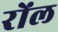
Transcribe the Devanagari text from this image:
रोंल